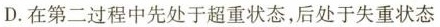
D. 在第二过程中先处于超重状态，后处于失重状态